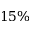
1 5 \%